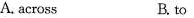
A. across B. to